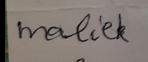
Signature authenticity: forged